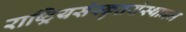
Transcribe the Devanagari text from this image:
राष्ट्रियसंस्कृतसंस्थानम